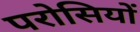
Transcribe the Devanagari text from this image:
परोसियों